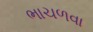
ભાચળવા